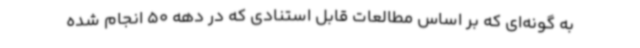
به گونه‌ای که بر اساس مطالعات قابل استنادی که در دهه 50 انجام شده